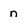
Character: n